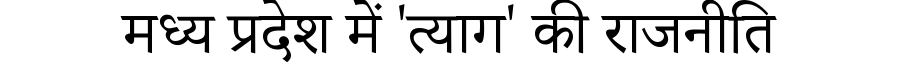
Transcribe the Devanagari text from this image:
मध्य प्रदेश में 'त्याग' की राजनीति